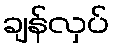
ချန်လှပ်